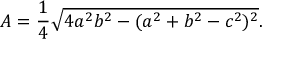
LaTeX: A = { \frac { 1 } { 4 } } { \sqrt { 4 a ^ { 2 } b ^ { 2 } - ( a ^ { 2 } + b ^ { 2 } - c ^ { 2 } ) ^ { 2 } } } .